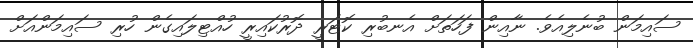
ސައިމަން ބުނެލިއެވެ. ނާއިން ފަހަތަށް އެނބުރި ކޮޓަރީ ދޮރުކައިރީ ހުއްޓިލައިގެން ހުރި ސައިމަންއަށް